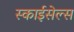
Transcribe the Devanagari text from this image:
स्काईसेल्स